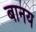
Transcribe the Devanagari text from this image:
बानय